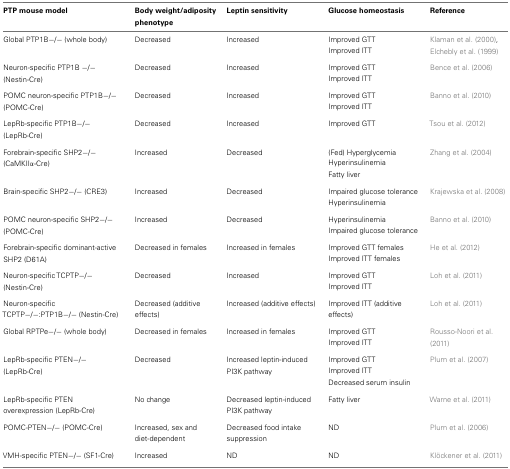
| PTP mouse model | Body weight/adiposity phenotype | Leptin sensitivity | Glucose homeostasis | Reference |
 | --- | --- | --- | --- | --- |
 | Global PTP1B−/− (whole body) | Decreased | Increased | Improved GTTImproved ITT | Klaman et al. (2000), Elchebly et al. (1999) |
 | Neuron-specific PTP1B −/− (Nestin-Cre) | Decreased | Increased | Improved GTTImproved ITT | Bence et al. (2006) |
 | POMC neuron-specific PTP1B−/− (POMC-Cre) | Decreased | Increased | Improved GTTImproved ITT | Banno et al. (2010) |
 | LepRb-specific PTP1B−/− (LepRb-Cre) | Decreased | Increased | Improved GTT | Tsou et al. (2012) |
 | Forebrain-specific SHP2−/− (CaMKIIα-Cre) | Increased | Decreased | (Fed) HyperglycemiaHyperinsulinemiaFatty liver | Zhang et al. (2004) |
 | Brain-specific SHP2−/− (CRE3) | Increased | Decreased | Impaired glucose toleranceHyperinsulinemia | Krajewska et al. (2008) |
 | POMC neuron-specific SHP2−/− (POMC-Cre) | Increased | Decreased | HyperinsulinemiaImpaired glucose tolerance | Banno et al. (2010) |
 | Forebrain-specific dominant-active SHP2 (D61A) | Decreased in females | Increased in females | Improved GTT femalesImproved ITT females | He et al. (2012) |
 | Neuron-specific TCPTP−/− (Nestin-Cre) | Decreased | Increased | Improved GTTImproved ITT | Loh et al. (2011) |
 | Neuron-specific TCPTP−/−:PTP1B−/− (Nestin-Cre) | Decreased (additive effects) | Increased (additive effects) | Improved ITT (additive effects) | Loh et al. (2011) |
 | Global RPTPe−/− (whole body) | Decreased in females | Increased in females | Improved GTTImproved ITT | Rousso-Noori et al. (2011) |
 | LepRb-specific PTEN−/− (LepRb-Cre) | Decreased | Increased leptin-induced PI3K pathway | Improved GTTImproved ITTDecreased serum insulin | Plum et al. (2007) |
 | LepRb-specific PTEN overexpression (LepRb-Cre) | No change | Decreased leptin-induced PI3K pathway | Fatty liver | Warne et al. (2011) |
 | POMC-PTEN−/− (POMC-Cre) | Increased, sex and diet-dependent | Decreased food intake suppression | ND | Plum et al. (2006) |
 | VMH-specific PTEN−/− (SF1-Cre) | Increased | ND | ND | Klöckener et al. (2011) |